342_HS1-416511228_319.1 Flying Discs 1949
Agency: Department of War
Incident date: 1/9/50
Page 133
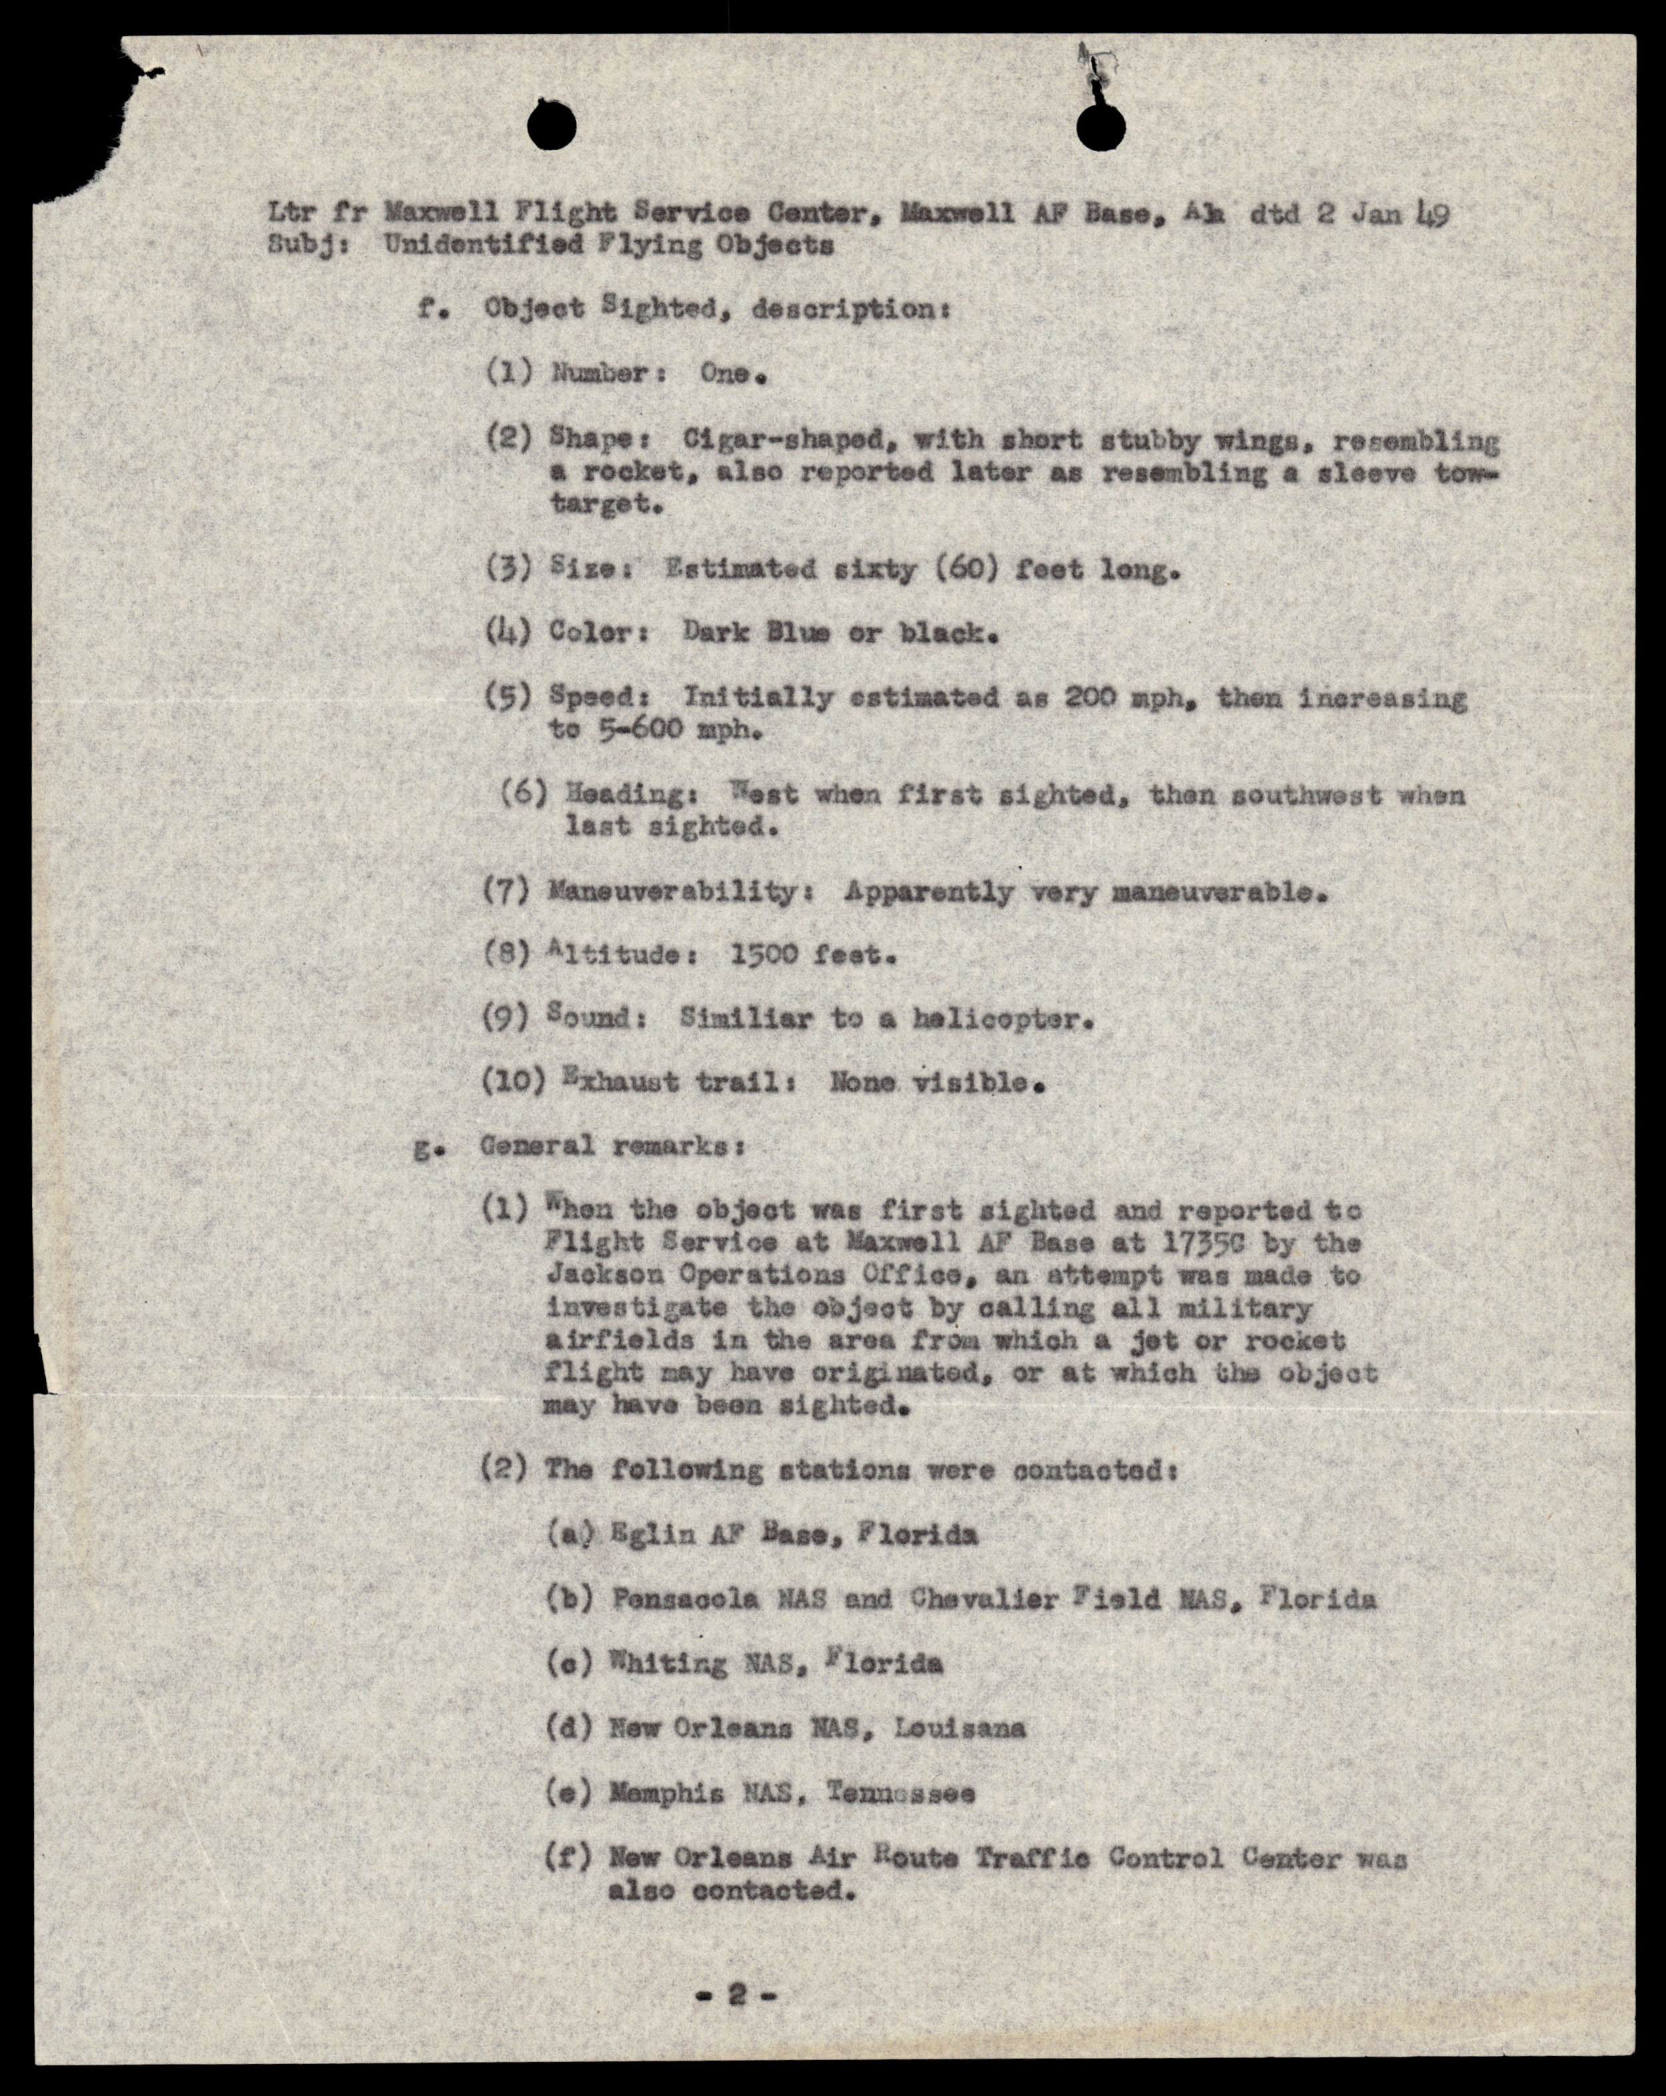